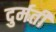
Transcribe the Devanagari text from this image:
दुर्मती